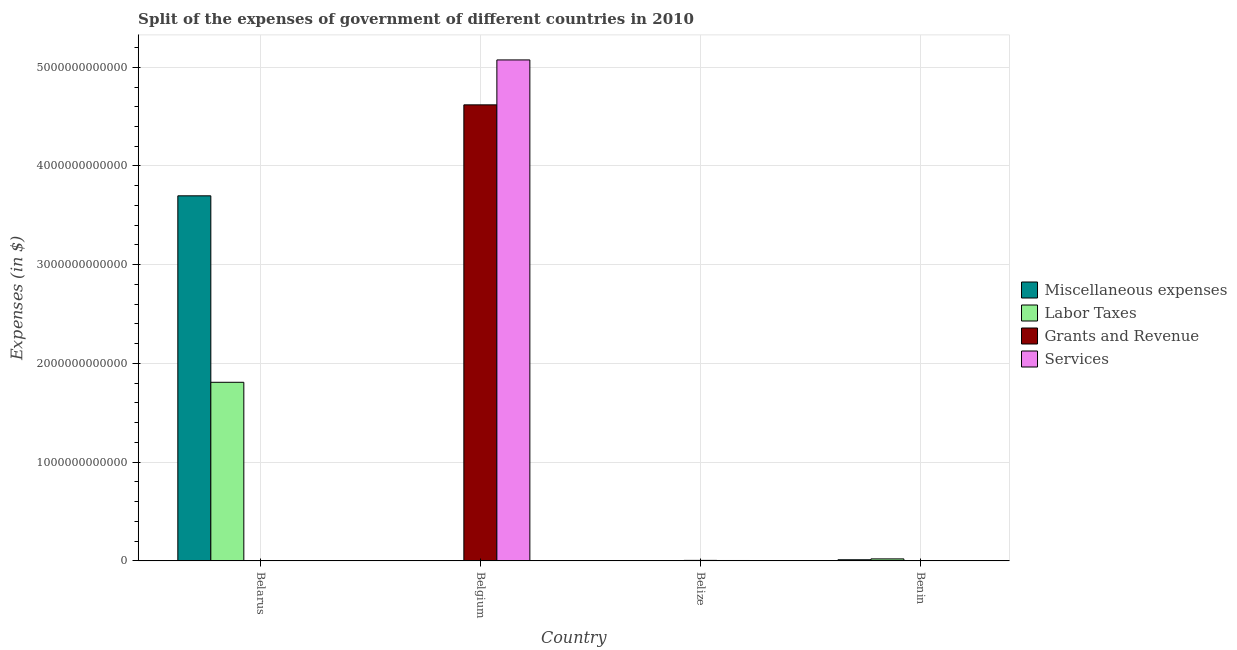
| Country | Miscellaneous expenses | Labor Taxes | Grants and Revenue | Services |
 | --- | --- | --- | --- | --- |
 | Belarus | 3.7e+12 | 1.81e+12 | 1.71e+08 | 4.35e+08 |
 | Belgium | 3.68e+09 | 1.13e+09 | 4.62e+12 | 5.07e+12 |
 | Belize | 1.66e+07 | 6.57e+06 | 5.17e+09 | 4.07e+09 |
 | Benin | 1.14e+10 | 2.03e+10 | 1.19e+08 | 1.65e+08 |